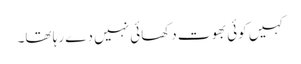
کہیں کوئی بھوت دکھائی نہیں دے رہا تھا۔